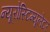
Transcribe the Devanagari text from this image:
न्यूरोस्टिम्यूलेटर